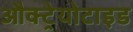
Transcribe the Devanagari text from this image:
औक्ट्रेयोटाइड